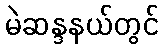
မဲဆန္ဒနယ်တွင်